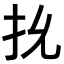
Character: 𭠐